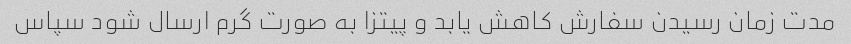
مدت زمان رسیدن سفارش کاهش یابد و پیتزا به صورت گرم ارسال شود سپاس